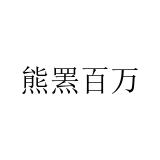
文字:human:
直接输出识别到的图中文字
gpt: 熊罴百万